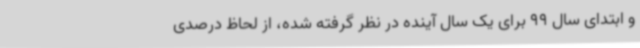
و ابتدای سال 99 برای یک سال آینده در نظر گرفته ‌شده‌، از لحاظ درصدی